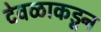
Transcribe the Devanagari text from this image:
देवळाकडून